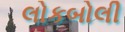
લોકબોલી